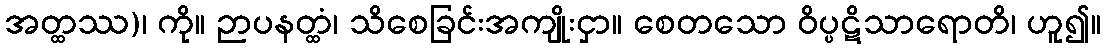
အတ္ထဿ)၊ ကို။ ဉာပနတ္ထံ၊ သိစေခြင်းအကျိုးငှာ။ စေတသော ဝိပ္ပဋိသာရောတိ၊ ဟူ၍။